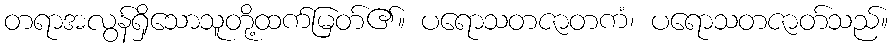
တရာအလွန်ရှိသောသူတို့ထက်မြတ်၏။ ပရောသတဇာတကံ၊ ပရောသတဇာတ်သည်။